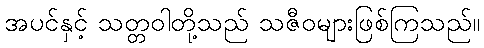
အပင်နှင့် သတ္တဝါတို့သည် သဇီဝများဖြစ်ကြသည်။